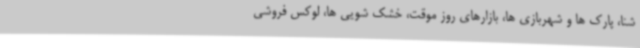
شنا، پارک ها و شهربازی ها، بازارهای روز موقت، خشک شویی ها، لوکس فروشی